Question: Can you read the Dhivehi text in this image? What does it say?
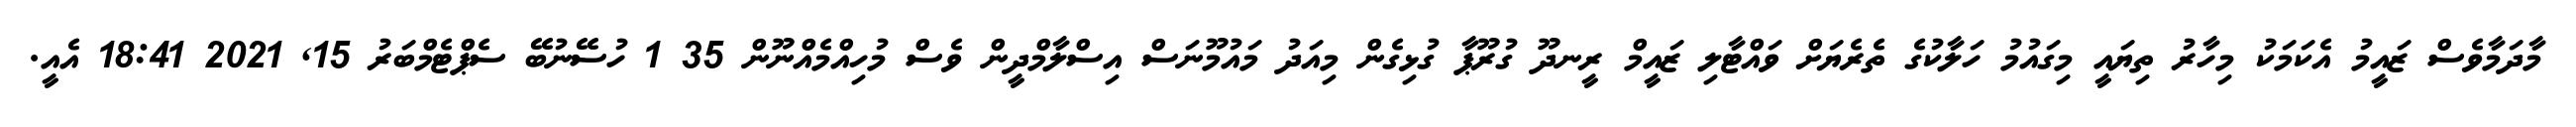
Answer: މާދަމާވެސް ޒައީމު އެކަމަކު މިހާރު ތިޔައީ މިގައުމު ހަލާކުގެ ތެރެޔަށް ވައްޓާލި ޒައީމް ރީނދޫ ގުރޫޕާ ގުޅިގެން މިއަދު މައުމޫނަސް އިސްލާމްދީން ވެސް މުހިއްމެއްނޫން 35 1 ހުސޭނުބޭ ސެޕްޓެމްބަރު 15, 2021 18:41 އެއީ.